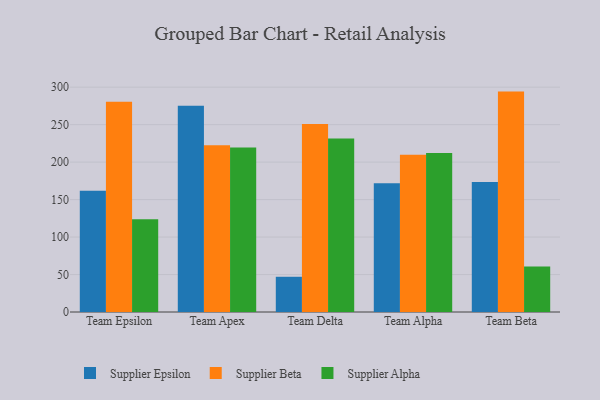
{"axis": {"x": "Team", "y": "Bounce Rate (%)"}, "legend": ["Supplier Alpha", "Supplier Beta", "Supplier Epsilon"], "data": [{"x": "Team Epsilon", "y": 161.8, "type": "Supplier Epsilon"}, {"x": "Team Epsilon", "y": 280.6, "type": "Supplier Beta"}, {"x": "Team Epsilon", "y": 123.9, "type": "Supplier Alpha"}, {"x": "Team Apex", "y": 275.3, "type": "Supplier Epsilon"}, {"x": "Team Apex", "y": 222.6, "type": "Supplier Beta"}, {"x": "Team Apex", "y": 219.4, "type": "Supplier Alpha"}, {"x": "Team Delta", "y": 47.0, "type": "Supplier Epsilon"}, {"x": "Team Delta", "y": 250.9, "type": "Supplier Beta"}, {"x": "Team Delta", "y": 231.5, "type": "Supplier Alpha"}, {"x": "Team Alpha", "y": 171.9, "type": "Supplier Epsilon"}, {"x": "Team Alpha", "y": 209.8, "type": "Supplier Beta"}, {"x": "Team Alpha", "y": 212.1, "type": "Supplier Alpha"}, {"x": "Team Beta", "y": 173.6, "type": "Supplier Epsilon"}, {"x": "Team Beta", "y": 294.1, "type": "Supplier Beta"}, {"x": "Team Beta", "y": 60.7, "type": "Supplier Alpha"}]}